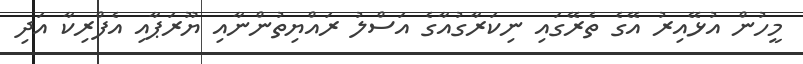
މީހުން އުޅޭއިރު އޭގެ ތެރޭގައި ނިކަރާގުއާގެ އަސްލު ރައްޔިތުންނާއި ޔޫރަޕާއި އެފްރިކާ އަދި